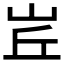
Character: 𡶦